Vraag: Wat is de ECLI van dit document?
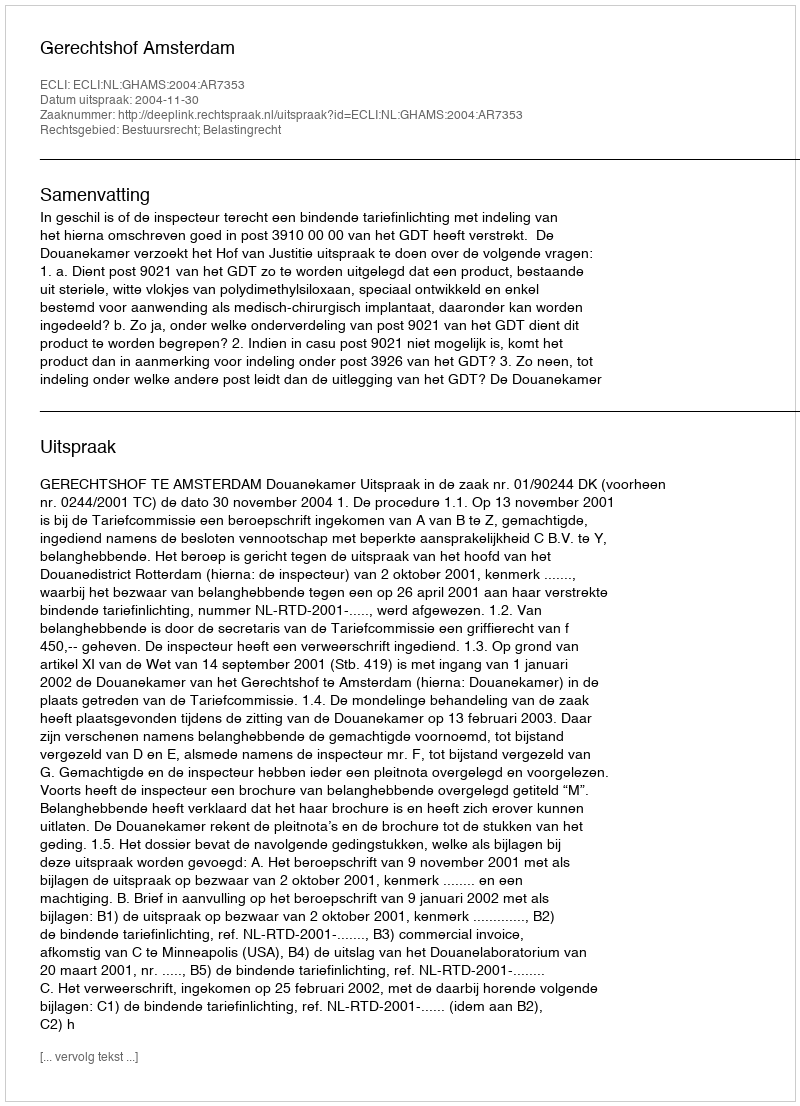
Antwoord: ECLI:NL:GHAMS:2004:AR7353